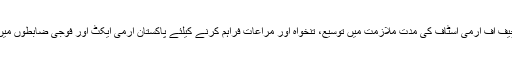
لہذا اب حکومت چیف آف آرمی اسٹاف کی مدت ملازمت میں توسیع، تنخواہ اور مراعات فراہم کرنے کیلئے پاکستان آرمی ایکٹ اور فوجی ضابطوں میں ترمیم کرے گی۔